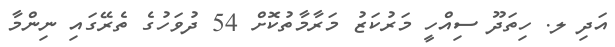
އަދި ލ. ހިތަދޫ ސިއްހީ މަރުކަޒު މަރާމާތުކޮށް 54 ދުވަހުގެ ތެރޭގައި ނިންމާ